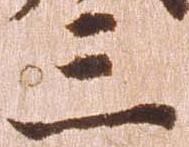
三